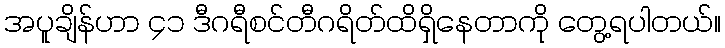
အပူချိန်ဟာ ၄၁ ဒီဂရီစင်တီဂရိတ်ထိရှိနေတာကို တွေ့ရပါတယ်။